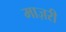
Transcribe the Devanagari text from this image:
माज़री